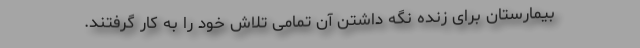
بیمارستان برای زنده نگه داشتن آن تمامی تلاش خود را به کار گرفتند.